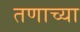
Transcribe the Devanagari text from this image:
तणाच्या